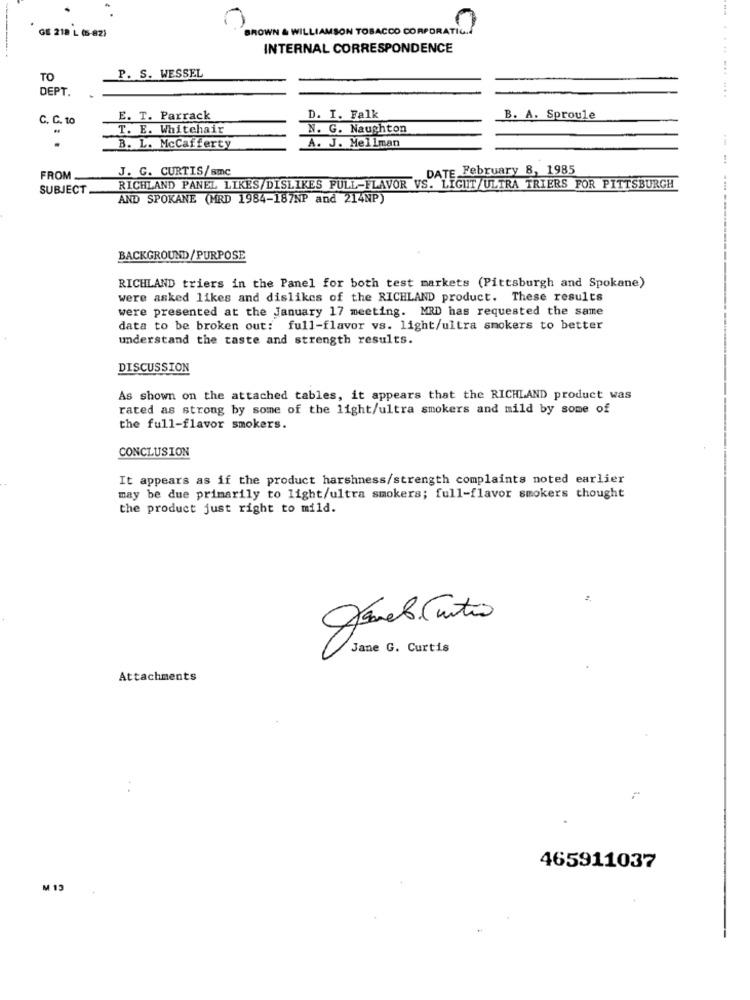
GE 218 L (5-82)
BROWN & WILLIAMSON TOBACCO CORPORATIG ..
INTERNAL CORRESPONDENCE
P. S. WESSEL
TO
DEPT.
....... ....
C. C. 10
E. T. Parrack
D. I. Falk
B. A. Sproule
T. E. Whitehair
N. G. Naughton
A. J. Mellman
--
B. L. McCafferty
J. G. CURTIS/smc
DATE February 8, 1985
FROM __
SUBJECT
RICHLAND PANEL LIKES/DISLIKES FULL-FLAVOR VS. LIGUT/ULTRA TRIERS FOR PITTSBURGH
AND SPOKANE (MRD 1984-187NP and 214NP)
BACKGROUND/PURPOSE
RICHLAND triers in the Panel for both test markets (Pittsburgh and Spokane)
were asked likes and dislikes of the RICHLAND product. These results
were presented at the January 17 meeting. MRD has requested the same
data to be broken out: full-flavor vs. light/ultra smokers to better
understand the taste and strength results.
DISCUSSION
As shown on the attached tables, it appears that the RICHLAND product was
rated as strong by some of the light/ultra smokers and mild by some of
the full-flavor smokers.
CONCLUSION
It appears as if the product harshness/strength complaints noted earlier
may be due primarily to light/ultra smokers; full-flavor smokers thought
the product just right to mild.
Jane G. Curtis
Attachments
465911037
M 13